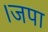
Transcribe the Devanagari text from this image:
।जपा